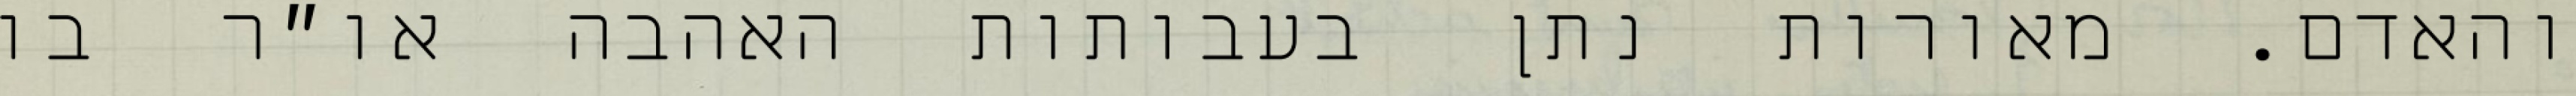
והאדם. מאורות נתן בעבותות האהבה או״ר בו